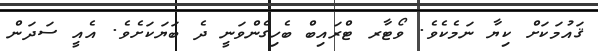
ޤައުމަކަށް ކިޔާ ނަމެކެވެ. ވޯޓާރ ޓްރައިބް ބެހިގެންވަނީ ދެ ބަޔަކަށެވެ. އެއީ ސަދަން